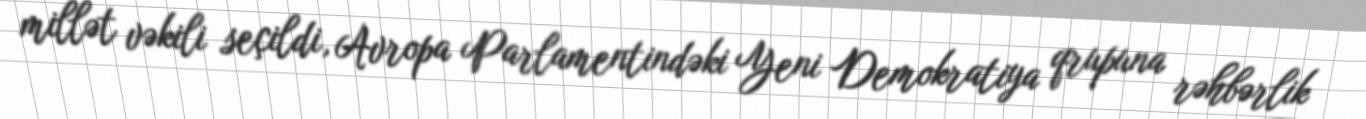
millət vəkili seçildi, Avropa Parlamentindəki Yeni Demokratiya qrupuna rəhbərlik